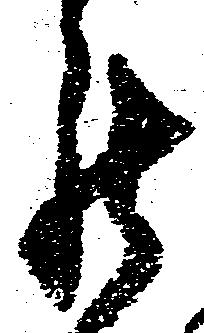
罷